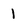
Character: 1